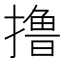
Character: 撸